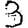
Digit: 3